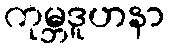
ကုမ္ဘဒူဟနာ